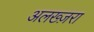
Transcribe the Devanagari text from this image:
अलख्ज़रा